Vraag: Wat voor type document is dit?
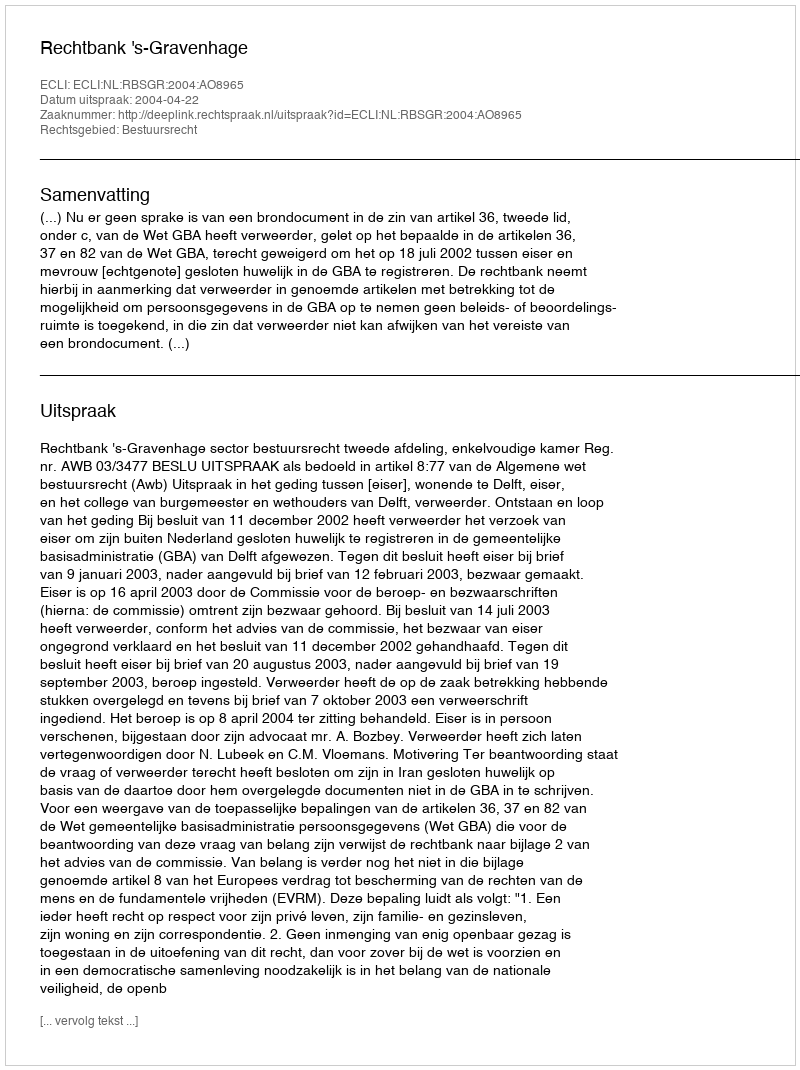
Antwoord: Uitspraak